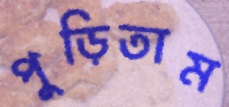
পুড়িতাম